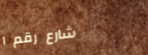
شارع رقم ١